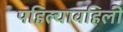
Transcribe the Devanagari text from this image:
पहिल्यावहिली